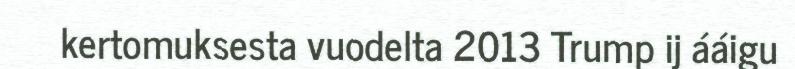
kertomuksesta vuodelta 2013 Trump ij ááigu